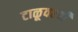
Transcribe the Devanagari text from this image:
टाळूवरची